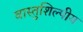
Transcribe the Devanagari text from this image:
वास्‍तुशिल्‍पीय